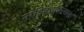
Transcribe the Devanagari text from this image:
नाड़िकाविन्यास